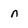
Character: n